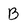
Character: B